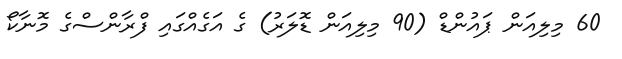
60 މިލިއަން ޕައުންޑް (90 މިލިއަން ޑޮލަރު) ގެ އަގެއްގައި ފްރާންސްގެ މޮނާކޯ